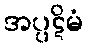
အပ္ပဋိမံ